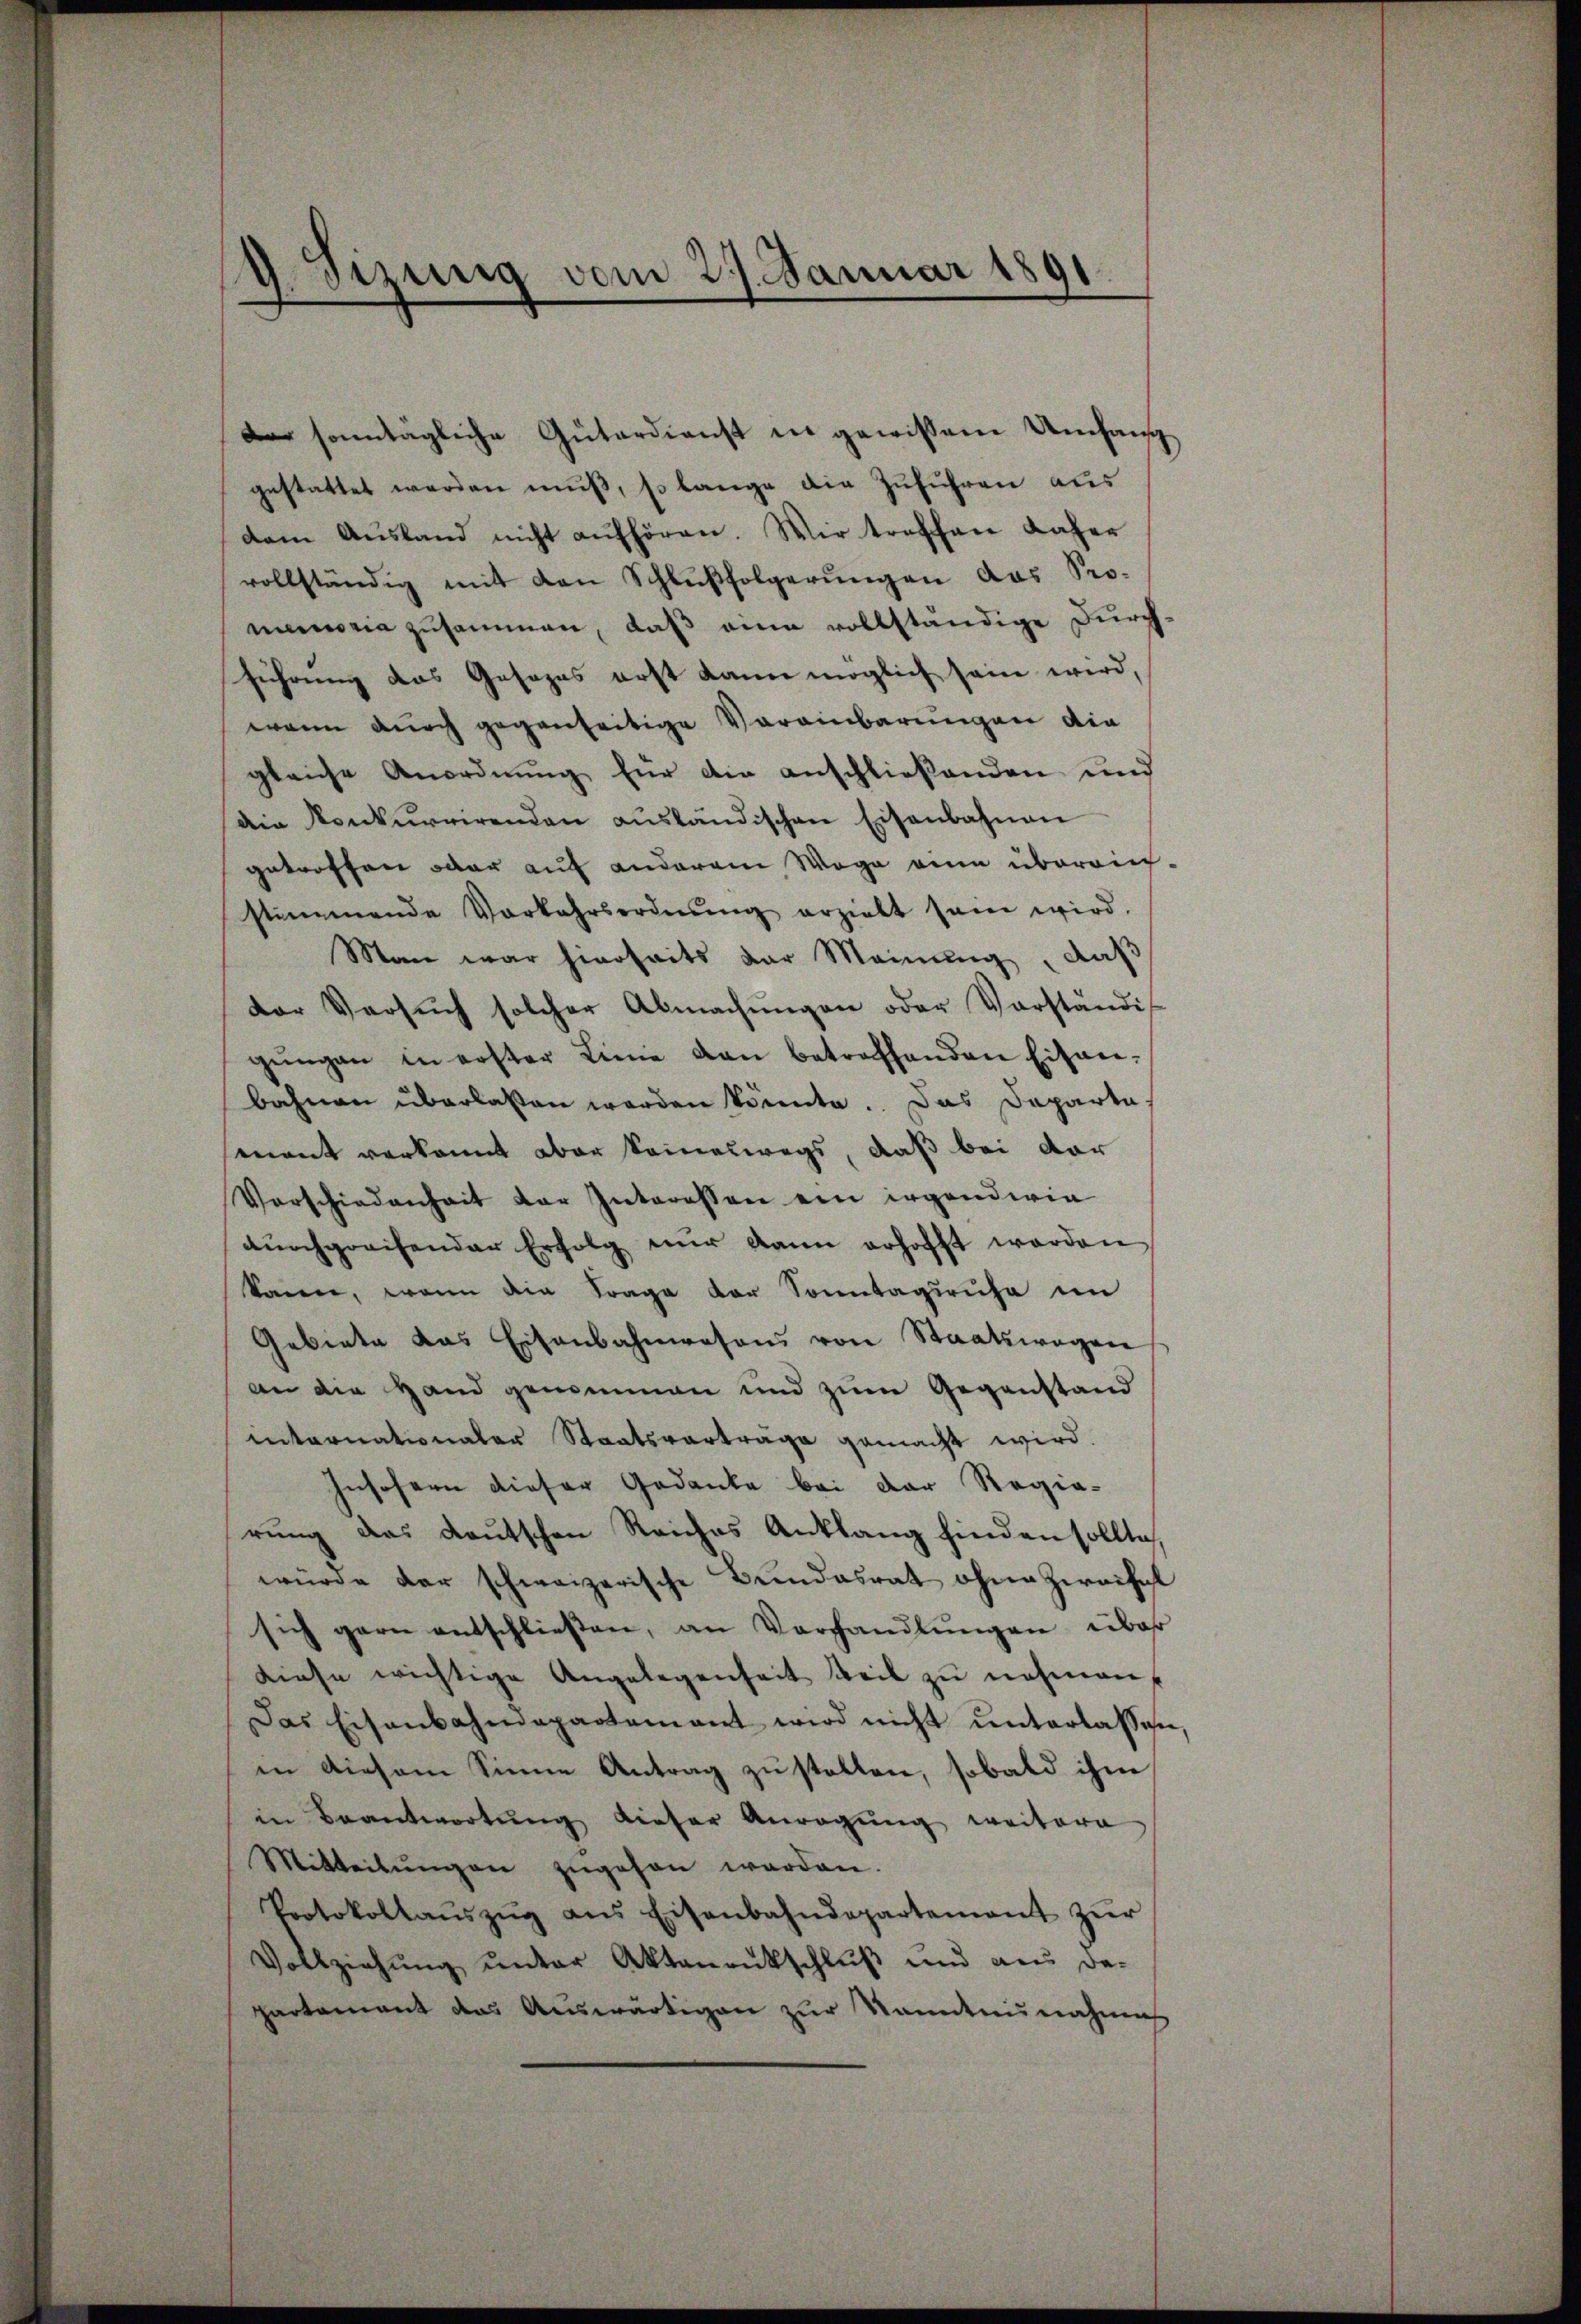
Der sonntägliche Güterdienst in gewissem Umfang
gestattet werden muß, so lange die Zuführen aus
dam Aŭsland nicht aŭfhören. Wir treffen daher
vollständig mit den Schlŭβfolgerŭngen das Pro-
memoria zusammen, daß eine vollständige Durch-
führung das Gesages erst kann möglich sein wird,
wenn durch gegenseitige Vereinbarungen die
gleiche Anordnung für die anschließenden und
die Konkurrirenden aŭsländischen Eisenbahnen
getroffen oder auf anderem Wege eine überrief,
stimmende Vorkehrsordnŭng erzielt sein wird.
Man war hierseits der Meinung, daß
der Versŭch solcher Abmachŭngen oder Vorständis
gŭngen in erster Linne dan betreffenden Eisen-
bahnen überlassen worden könnte. Das Dapartamant verkannt aber seineswegs, daß bei dor
Verschiedenheit der Interessen ein irgenderin
durchgreifender Erfolg nur dann erhofft worden
kann, wenn die Frage der Sonntagsruhe im
Gebiete das Eisenbahnwesens von Staatswegen
an die Hand genommen und zum Gegenstand
internationaler Staatsvertrage gemacht wird.
Insofern dieser Gedanke bei der Regie-
rung das deutschen Reiches Anklang finden sollte,
würde der schweizerische Bundesrat ohne Zweifel
sich garn entschließen, an Vorhandlŭngen über
diese wichtige Angelegenheit weil zŭ nehmen
Das Eisenbahndepartement wird nicht ŭnterlasse.
in diesem Sinne Antrag zustellen, sobald ihm
in Beantwortung dieser Anregung weitere
Mitteilŭngen zŭgehen werden.
Protokollaŭszŭg ans Eisenbahndepartement zŭr
Vollziehŭng ŭnter Aktenantschlŭβ und aus da-
partamant das Auswärtigen zur kanntnisnahmig

.
d Sitzung vom 29. Januar 1891